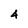
Character: 4